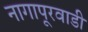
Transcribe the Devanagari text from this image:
नागापूरवाडी